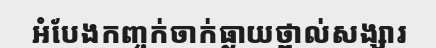
អំបែងកញ្ចក់ចាក់ធ្លាយថ្ពាល់សង្សារ